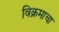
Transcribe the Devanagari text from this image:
विक्रमाचा